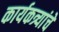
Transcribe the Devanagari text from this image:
कार्यकत्र्यांचे